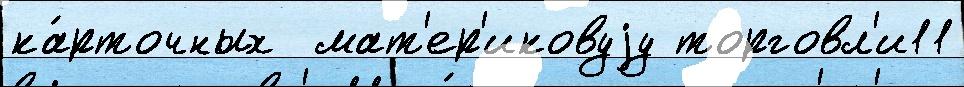
ка́рточных  мат'ер'иковуjу торговл'и11